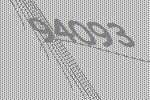
94093